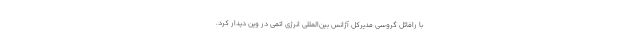
با رافائل گروسی مدیرکل آژانس بین‌المللی انرژی اتمی در وین دیدار کرد.